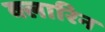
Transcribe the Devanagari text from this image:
क्लारिन